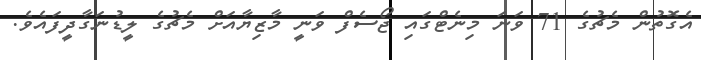
އެގޮތުން މެޗުގެ 71 ވަނަ މިނެޓްގައި ޖޯސެފް ވަނީ މާޒިޔާއަށް މެޗުގެ ލީޑުނަގާދީފައެވެ.